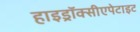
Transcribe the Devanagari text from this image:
हाइड्रॉक्सीएपेटाइट